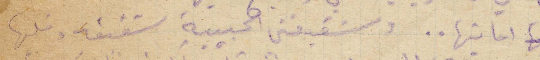
احايتها.. وشقيقتي الحبيبة شفيقة وقلبها